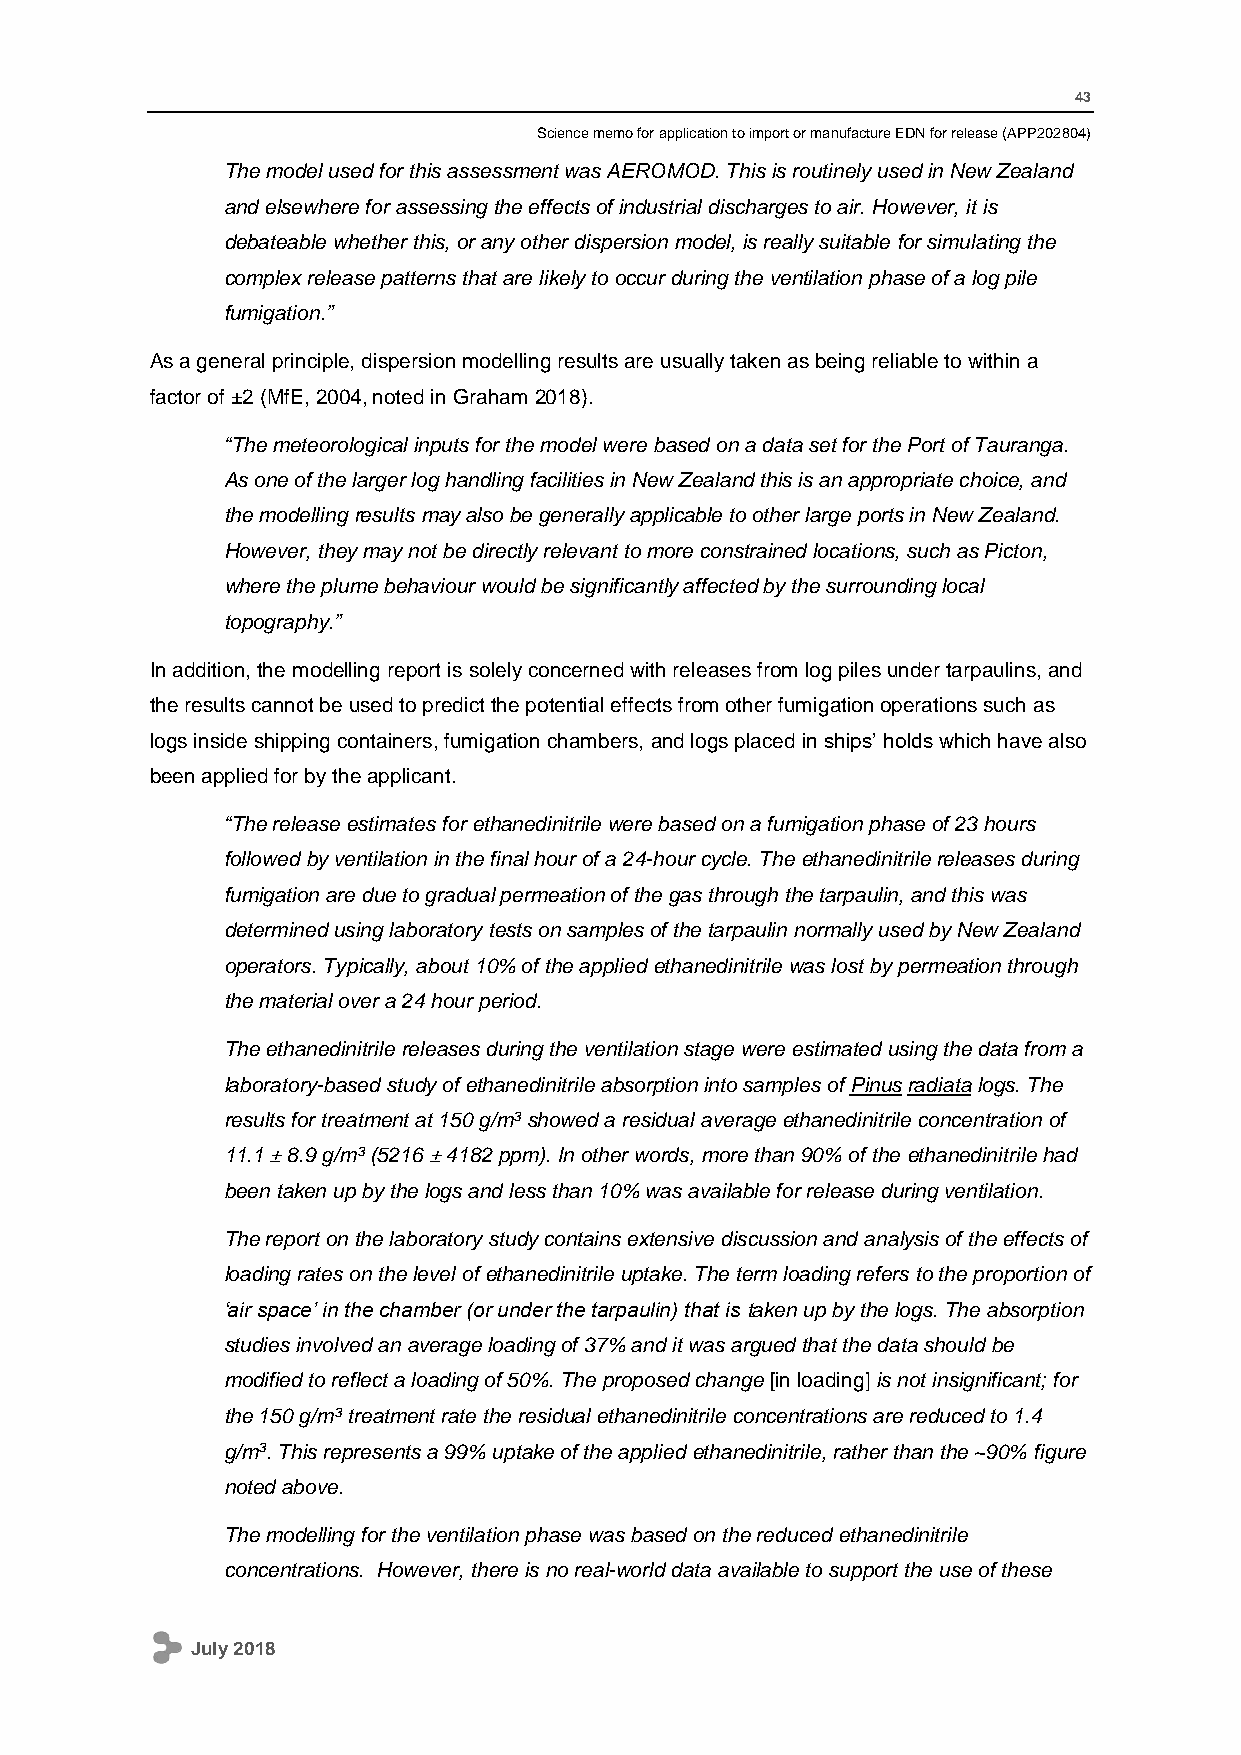
43
 Science memo for application to import or manufacture EDN for release (APP202804)
 The model used for this assessment was AEROMOD. This is routinely used in New Zealand
 and elsewhere for assessing the effects of industrial discharges to air. However, it is
 debateable whether this, or any other dispersion model, is really suitable for simulating the
 complex release patterns that are likely to occur during the ventilation phase of a log pile
 fumigation.”
 As a general principle, dispersion modelling results are usually taken as being reliable to within a
 factor of ±2 (MfE, 2004, noted in Graham 2018).
 “The meteorological inputs for the model were based on a data set for the Port of Tauranga.
 As one of the larger log handling facilities in New Zealand this is an appropriate choice, and
 the modelling results may also be generally applicable to other large ports in New Zealand.
 However, they may not be directly relevant to more constrained locations, such as Picton,
 where the plume behaviour would be significantly affected by the surrounding local
 topography.”
 In addition, the modelling report is solely concerned with releases from log piles under tarpaulins, and
 the results cannot be used to predict the potential effects from other fumigation operations such as
 logs inside shipping containers, fumigation chambers, and logs placed in ships’ holds which have also
 been applied for by the applicant.
 “The release estimates for ethanedinitrile were based on a fumigation phase of 23 hours
 followed by ventilation in the final hour of a 24-hour cycle. The ethanedinitrile releases during
 fumigation are due to gradual permeation of the gas through the tarpaulin, and this was
 determined using laboratory tests on samples of the tarpaulin normally used by New Zealand
 operators. Typically, about 10% of the applied ethanedinitrile was lost by permeation through
 the material over a 24 hour period.
 The ethanedinitrile releases during the ventilation stage were estimated using the data from a
 laboratory-based study of ethanedinitrile absorption into samples of Pinus radiata logs. The
 results for treatment at 150 g/m3 showed a residual average ethanedinitrile concentration of
 11.1 ± 8.9 g/m3 (5216 ± 4182 ppm). In other words, more than 90% of the ethanedinitrile had
 been taken up by the logs and less than 10% was available for release during ventilation.
 The report on the laboratory study contains extensive discussion and analysis of the effects of
 loading rates on the level of ethanedinitrile uptake. The term loading refers to the proportion of
 ‘air space’ in the chamber (or under the tarpaulin) that is taken up by the logs. The absorption
 studies involved an average loading of 37% and it was argued that the data should be
 modified to reflect a loading of 50%. The proposed change [in loading] is not insignificant; for
 the 150 g/m3 treatment rate the residual ethanedinitrile concentrations are reduced to 1.4
 g/m3. This represents a 99% uptake of the applied ethanedinitrile, rather than the ~90% figure
 noted above.
 The modelling for the ventilation phase was based on the reduced ethanedinitrile
 concentrations. However, there is no real-world data available to support the use of these
 July 2018